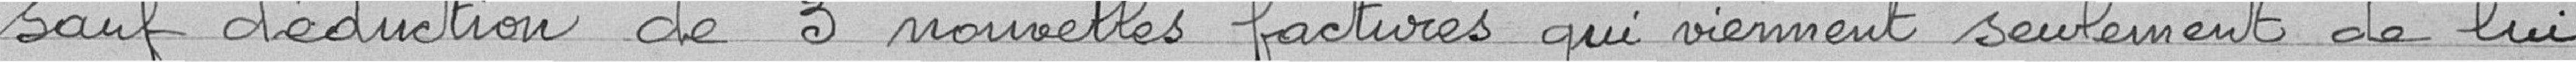
sauf déduction de 3 nouvelles factures qui viennent seulement de lui